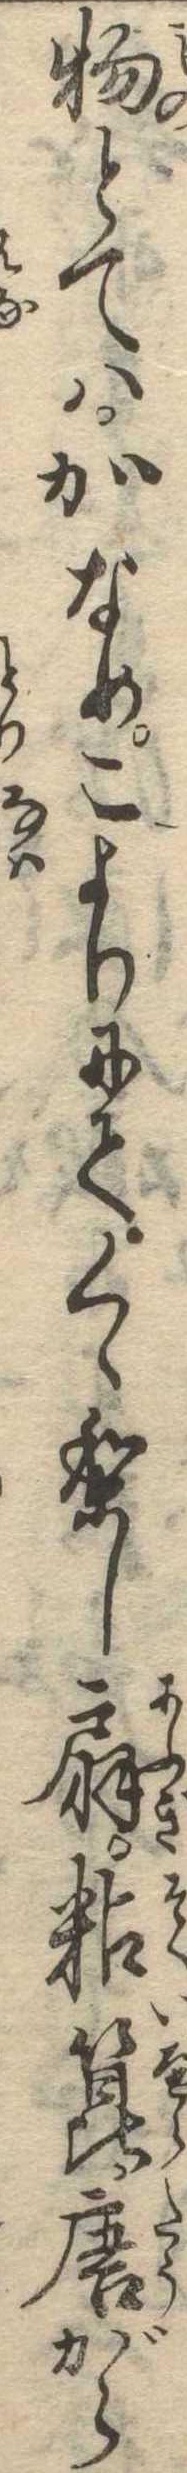
物とてはかなめこよりにてくゝりし扇粘箆唐がら